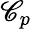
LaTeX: \mathscr{C}_{p}